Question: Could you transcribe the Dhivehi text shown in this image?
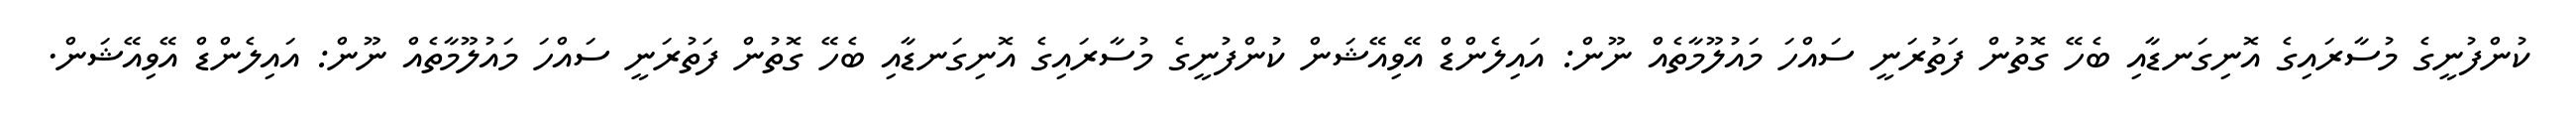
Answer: ކުންފުނީގެ މުސާރައިގެ އޮނިގަނޑާއި ބެހޭ ގޮތުން ފަތުރަނީ ސައްހަ މައުލޫމާތެއް ނޫން: އައިލެންޑް އޭވިއޭޝަން ކުންފުނީގެ މުސާރައިގެ އޮނިގަނޑާއި ބެހޭ ގޮތުން ފަތުރަނީ ސައްހަ މައުލޫމާތެއް ނޫން: އައިލެންޑް އޭވިއޭޝަން.